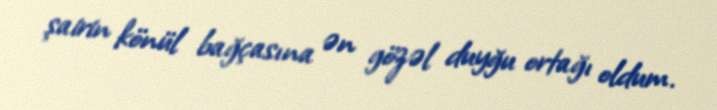
şairin könül bağçasına ən gözəl duyğu ortağı oldum.